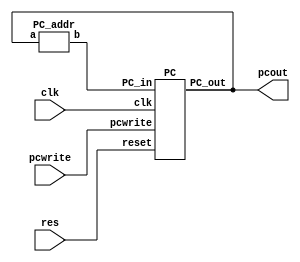

`timescale 1ns / 1ps



module CCT (pcout,clk,res,pcwrite);
      
    input clk;
   input pcwrite;        
    input res;           
    wire [7:0] out;    
 output [7:0] pcout;  // Current PC value
    // Instantiate the PC module
    PC D (out,clk,res,pcout,pcwrite);
       
    // Instantiate the PC_addr module
    PC_addr K (pcout,out);
    
endmodule

module PC (PC_in,clk,reset,PC_out,pcwrite);
    input [7:0] PC_in;   
    input clk;
  input pcwrite ;         
    input reset;         
    output reg [7:0] PC_out ;


    always @(posedge clk or posedge reset) begin
        if (reset) begin        
            PC_out <= 8'd0; 
        end else begin
        if(pcwrite)
        begin
            PC_out <= PC_in;
            end
        end
    end

endmodule





module PC_addr (a,b);
    input  [7:0] a;// Current PC value
    output [7:0] b;  // Next PC value
 assign b = a + 8'd4;  //  next instruction is given by adding 4 to the previous one
endmodule